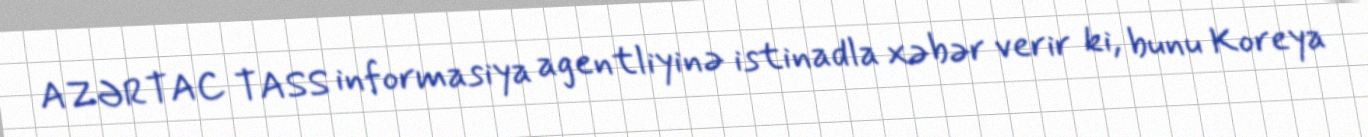
AZƏRTAC TASS informasiya agentliyinə istinadla xəbər verir ki, bunu Koreya